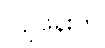
လျိုဖန်းက